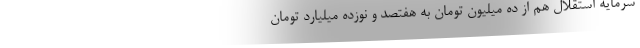
سرمایه استقلال هم از ده میلیون تومان به هفتصد و نوزده میلیارد تومان